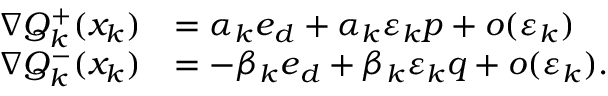
\begin{array} { r l } { \nabla Q _ { k } ^ { + } ( x _ { k } ) } & { = \alpha _ { k } \boldsymbol { e } _ { d } + \alpha _ { k } \varepsilon _ { k } p + o ( \varepsilon _ { k } ) } \\ { \nabla Q _ { k } ^ { - } ( x _ { k } ) } & { = - \beta _ { k } \boldsymbol { e } _ { d } + \beta _ { k } \varepsilon _ { k } q + o ( \varepsilon _ { k } ) . } \end{array}